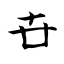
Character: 卋